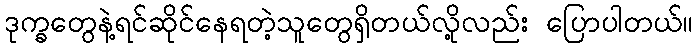
ဒုက္ခတွေနဲ့ရင်ဆိုင်နေရတဲ့သူတွေရှိတယ်လို့လည်း ပြောပါတယ်။